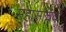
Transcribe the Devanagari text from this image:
महासचिवों